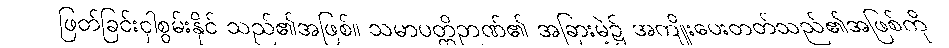
ဖြတ်ခြင်းငှါစွမ်းနိုင် သည်၏အဖြစ်။ သမာပတ္တိဉာဏ်၏ အခြားမဲ့၌ အကျိုးပေးတတ်သည်၏အဖြစ်ကို